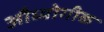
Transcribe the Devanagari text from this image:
औध्योगीक